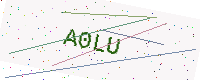
Text: A0LU